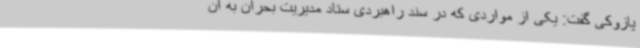
پازوکی گفت: یکی از مواردی که در سند راهبردی ستاد مدیریت بحران به آن